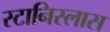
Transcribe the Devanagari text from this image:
स्टानिस्लास